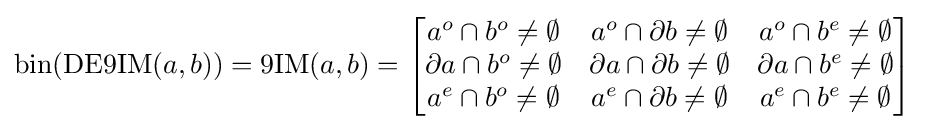
\operatorname {bin} (\operatorname {DE9IM} (a,b))=\operatorname {9IM} (a,b)={\begin{bmatrix}a^{o}\cap b^{o}\neq \emptyset &a^{o}\cap \partial {b}\neq \emptyset &a^{o}\cap b^{e}\neq \emptyset \\\partial {a}\cap b^{o}\neq \emptyset &\partial {a}\cap \partial {b}\neq \emptyset &\partial {a}\cap b^{e}\neq \emptyset \\a^{e}\cap b^{o}\neq \emptyset &a^{e}\cap \partial {b}\neq \emptyset &a^{e}\cap b^{e}\neq \emptyset \end{bmatrix}}